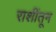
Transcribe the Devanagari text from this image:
राशींतून